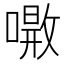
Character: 𠾝